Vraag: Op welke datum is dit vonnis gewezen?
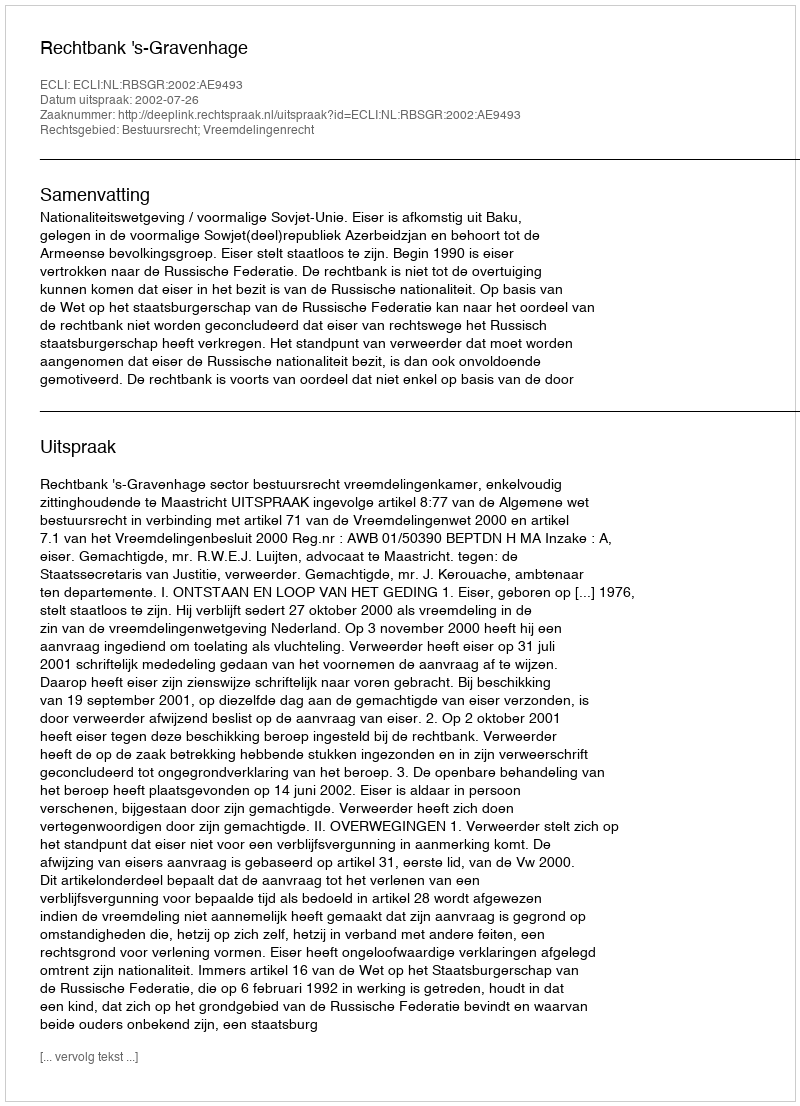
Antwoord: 2002-07-26